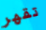
تقهر